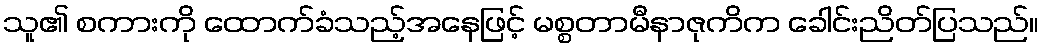
သူ၏ စကားကို ထောက်ခံသည့်အနေဖြင့် မစ္စတာမီနာဇုကိက ခေါင်းညိတ်ပြသည်။